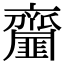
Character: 齏